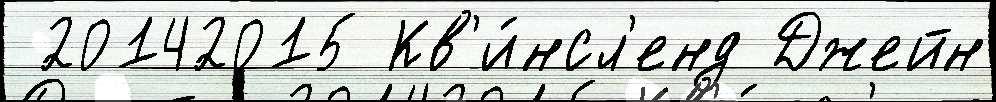
 20142015 Кв'и́нсл'енд Джейн